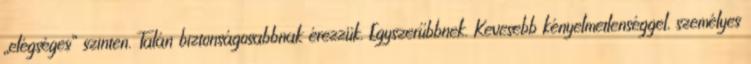
„elégséges” szinten. Talán biztonságosabbnak érezzük. Egyszerűbbnek. Kevesebb kényelmetlenséggel, személyes